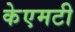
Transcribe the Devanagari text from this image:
केएमटी